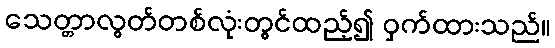
သေတ္တာလွတ်တစ်လုံးတွင်ထည့်၍ ဝှက်ထားသည်။